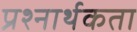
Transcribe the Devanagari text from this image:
प्रश्‍नार्थकता